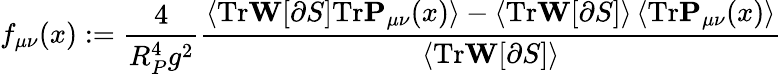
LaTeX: f_{\mu\nu}(x):=\frac{4}{R_{P}^{4}g^{2}}\frac{\left<\mathrm{Tr}\mathbf{W}[\partial S]\mathrm{Tr}\mathbf{P}_{\mu\nu}(x)\right>-\left<\mathrm{Tr}\mathbf{W}[\partial S]\right>\left<\mathrm{Tr}\mathbf{P}_{\mu\nu}(x)\right>}{\left<\mathrm{Tr}\mathbf{W}[\partial S]\right>}